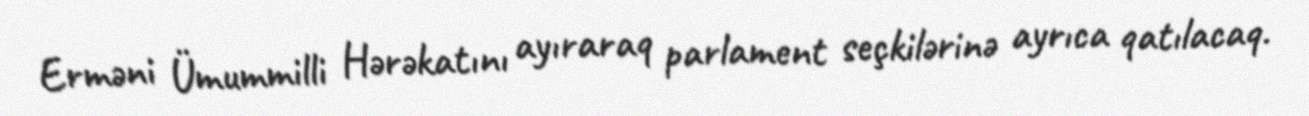
Erməni Ümummilli Hərəkatını ayıraraq parlament seçkilərinə ayrıca qatılacaq.